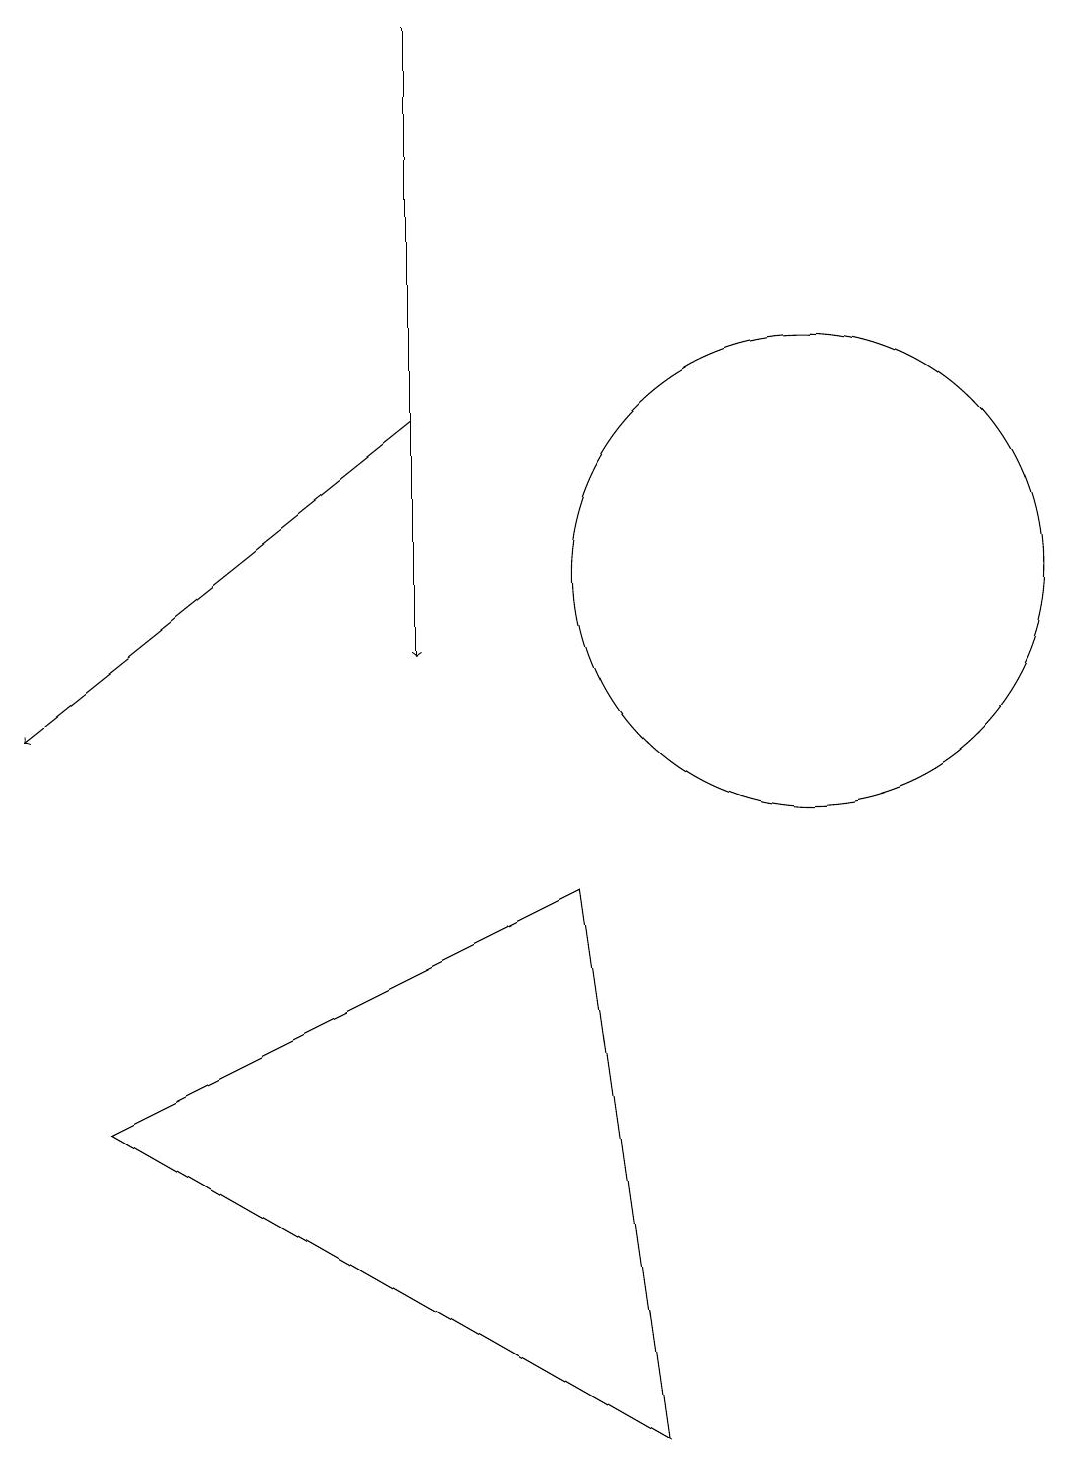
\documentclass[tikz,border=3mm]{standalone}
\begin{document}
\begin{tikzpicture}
\draw[->] (6,19) -- (6,11);
\draw[->] (6,14) -- (1,10);
\draw (2,5) -- (9,1) -- (8,8) -- cycle;
\draw (12,11) circle (0);
\draw (11,12) circle (3);
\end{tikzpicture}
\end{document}